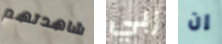
شاهدتهم ربي إن